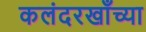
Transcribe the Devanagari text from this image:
कलंदरखाँच्या